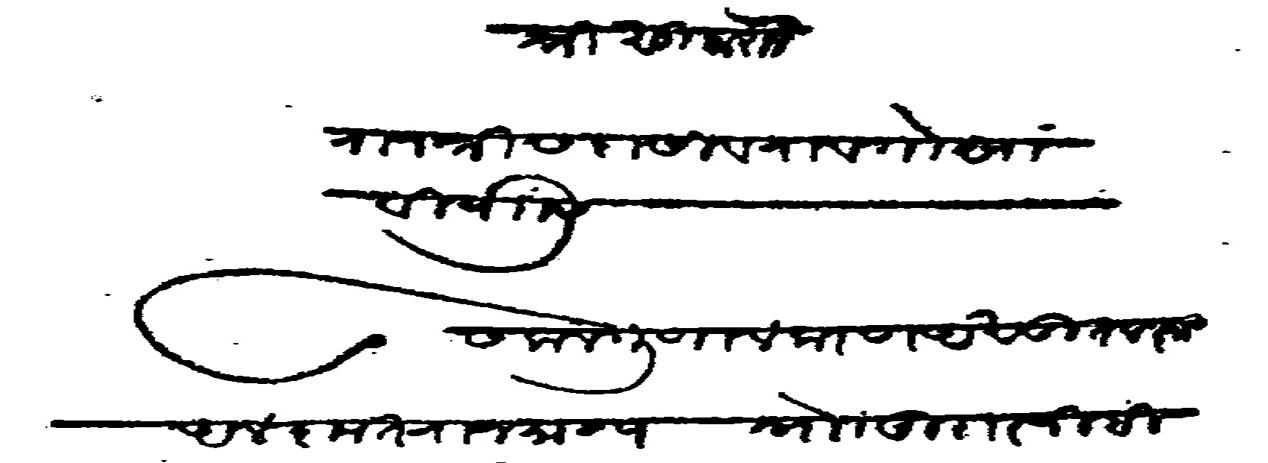
Transliteration (Devanagari): मुरारराव हिंदुराव घोरपडे याचे पत्र राजश्री सदासिवराव गो सावी यांस सकला गुणालंकरण अखंडीत लक्ष्मी अलकृत राजमान्य स्नेहांकित मुरारजी हिदुराव